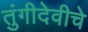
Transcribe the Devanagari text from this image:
तुंगीदेवीचे